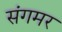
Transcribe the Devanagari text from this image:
संगमर